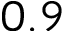
0 . 9